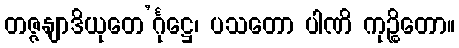
တဇ္ဇနျာဒိယုတေ’င်္ဂုဋ္ဌေ၊ ပသတော ပါဏိ ကုဉ္စိတော။